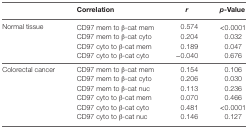
<table><thead><tr><td></td><td><b>Correlation</b></td><td><b><i>r</i></b></td><td><b><i>p</i>-Value</b></td></tr></thead><tbody><tr><td>Normal tissue</td><td>CD97 mem to β-cat mem</td><td>0.574</td><td>&lt;0.0001</td></tr><tr><td></td><td>CD97 mem to β-cat cyto</td><td>0.204</td><td>0.032</td></tr><tr><td></td><td>CD97 cyto to β-cat mem</td><td>0.189</td><td>0.047</td></tr><tr><td></td><td>CD97 cyto to β-cat cyto</td><td>−0.040</td><td>0.676</td></tr><tr><td>Colorectal cancer</td><td>CD97 mem to β-cat mem</td><td>0.154</td><td>0.106</td></tr><tr><td></td><td>CD97 mem to β-cat cyto</td><td>0.206</td><td>0.030</td></tr><tr><td></td><td>CD97 mem to β-cat nuc</td><td>0.113</td><td>0.236</td></tr><tr><td></td><td>CD97 cyto to β-cat mem</td><td>0.070</td><td>0.466</td></tr><tr><td></td><td>CD97 cyto to β-cat cyto</td><td>0.481</td><td>&lt;0.0001</td></tr><tr><td></td><td>CD97 cyto to β-cat nuc</td><td>0.146</td><td>0.127</td></tr></tbody></table>